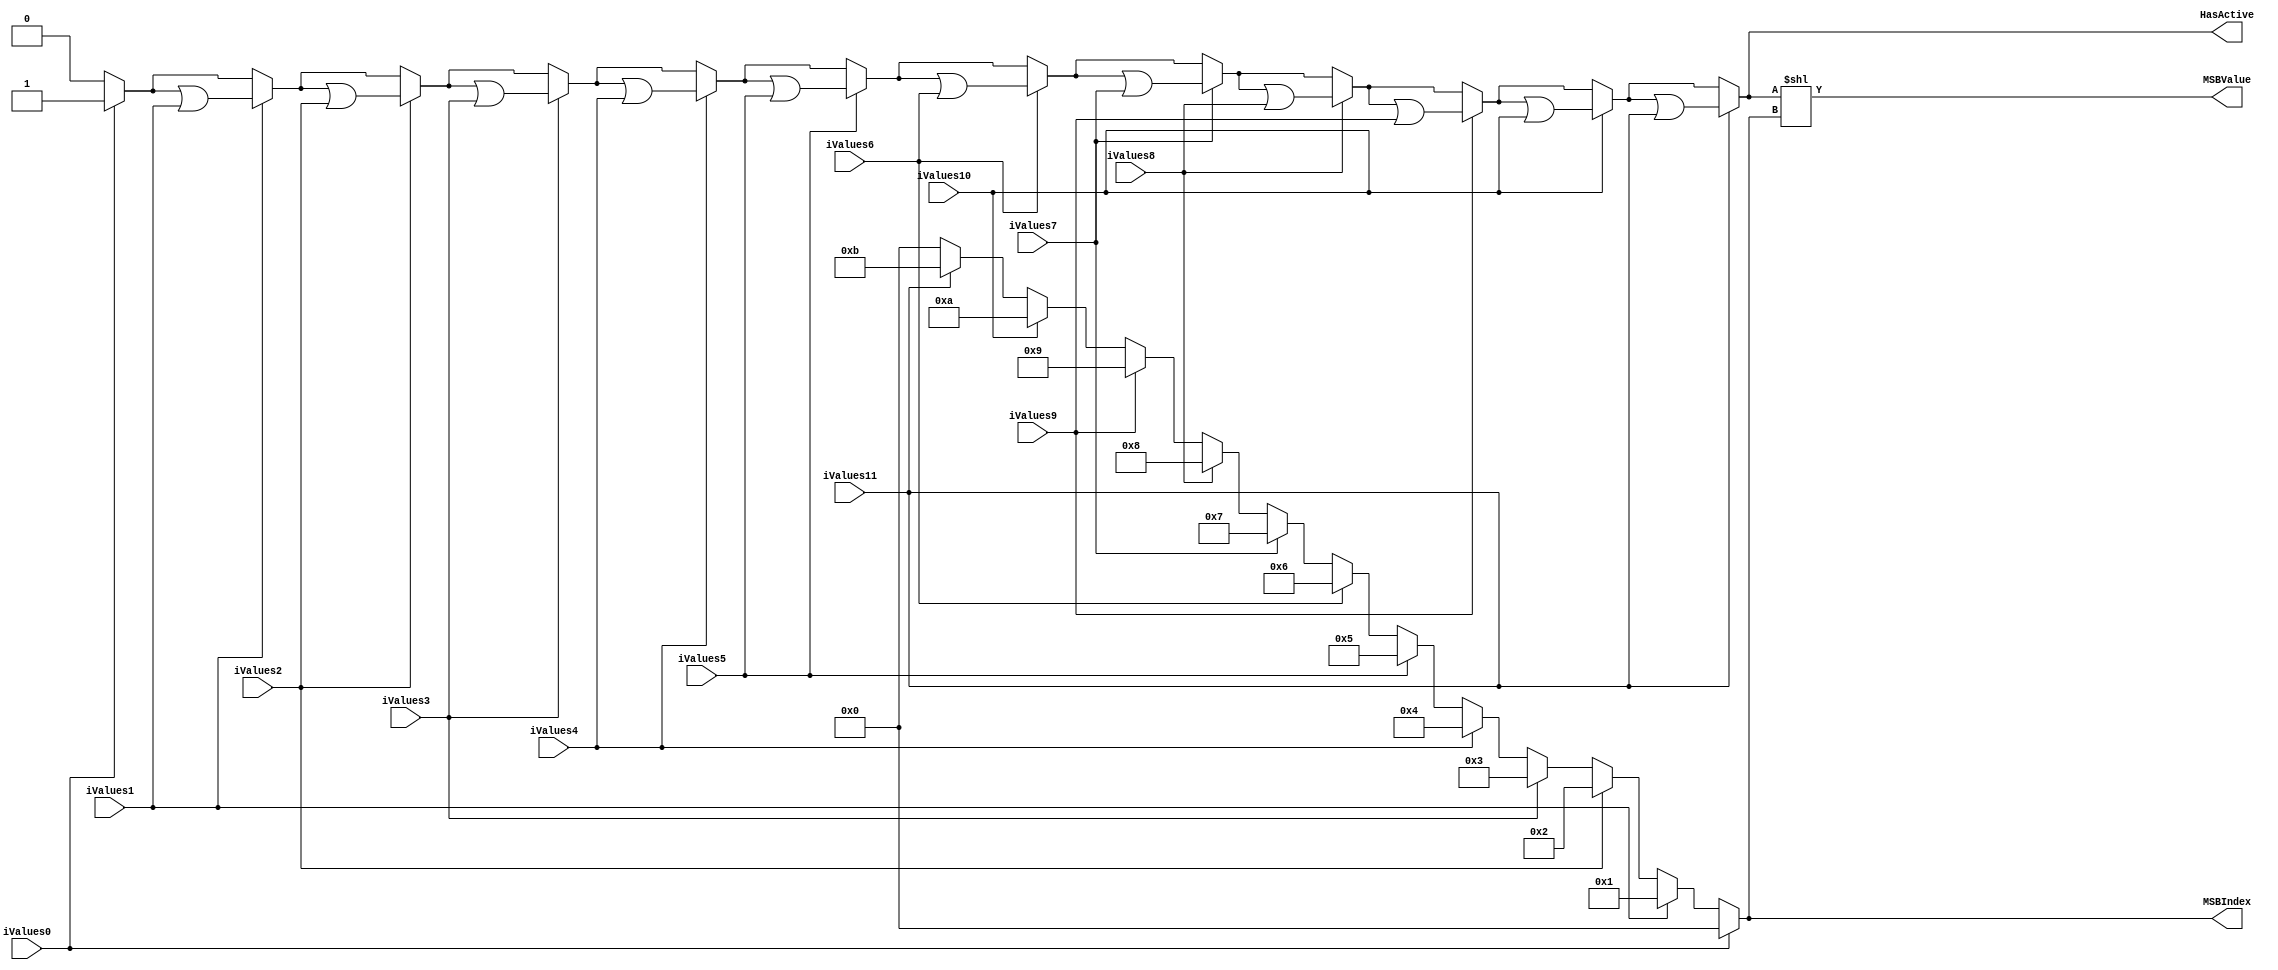
`timescale 1ns/1ps
`default_nettype none
// PLEASE READ THIS, IT MAY SAVE YOU SOME TIME AND MONEY, THANK YOU!
// * This file was generated by Quokka FPGA Toolkit.
// * Generated code is your property, do whatever you want with it
// * Place custom code between [BEGIN USER ***] and [END USER ***].
// * CAUTION: All code outside of [USER] scope is subject to regeneration.
// * Bad things happen sometimes in developer's life,
//   it is recommended to use source control management software (e.g. git, bzr etc) to keep your custom code safe'n'sound.
// * Internal structure of code is subject to change.
//   You can use some of signals in custom code, but most likely they will not exist in future (e.g. will get shorter or gone completely)
// * Please send your feedback, comments, improvement ideas etc. to evmuryshkin@gmail.com
// * Visit https://github.com/EvgenyMuryshkin/QuokkaEvaluation to access latest version of playground
//
// DISCLAIMER:
//   Code comes AS-IS, it is your responsibility to make sure it is working as expected
//   no responsibility will be taken for any loss or damage caused by use of Quokka toolkit.
//
// System configuration name is AXISoCQuadCoreModule_TopLevel_ioInterconnect_writeInterconnect_rangeDetectorArray3_encoder, clock frequency is 1Hz, Embedded
// FSM summary
// -- Packages
module AXISoCQuadCoreModule_TopLevel_ioInterconnect_writeInterconnect_rangeDetectorArray3_encoder
(
	// [BEGIN USER PORTS]
	// [END USER PORTS]
	input wire iValues0,
	input wire iValues1,
	input wire iValues2,
	input wire iValues3,
	input wire iValues4,
	input wire iValues5,
	input wire iValues6,
	input wire iValues7,
	input wire iValues8,
	input wire iValues9,
	input wire iValues10,
	input wire iValues11,
	output wire HasActive,
	output wire [3:0] MSBIndex,
	output wire [11:0] MSBValue
);
	// [BEGIN USER SIGNALS]
	// [END USER SIGNALS]
	localparam HiSignal = 1'b1;
	localparam LoSignal = 1'b0;
	wire Zero = 1'b0;
	wire One = 1'b1;
	wire true = 1'b1;
	wire false = 1'b0;
	wire signed [4: 0] inputWidth = 5'b01100;
	wire signed [3: 0] resultWidth = 4'b0100;
	wire AXI4EncoderModule_L30F13L39T14_AXI4EncoderModule_L31F46T51_Expr = 1'b0;
	wire AXI4EncoderModule_L45F13L54T14_AXI4EncoderModule_L46F31T36_Expr = 1'b0;
	wire [3: 0] internalEncoded;
	wire internalHasActive;
	wire [3: 0] AXI4EncoderModule_L30F13L39T14_AXI4EncoderModule_L31F30T73_Resize;
	reg [3: 0] AXI4EncoderModule_L30F13L39T14_result;
	integer idx;
	wire [3: 0] AXI4EncoderModule_L30F13L39T14_AXI4EncoderModule_L38F24T41_SignChange;
	wire [3: 0] AXI4EncoderModule_L30F13L39T14_AXI4EncoderModule_L38F24T62_Resize;
	reg AXI4EncoderModule_L45F13L54T14_result;
	integer idx1;
	wire [11: 0] AXI4EncoderModule_L59F40T101_ShiftLeft;
	wire [11: 0] AXI4EncoderModule_L59F40T121_Resize;
	wire [11: 0] AXI4EncoderModule_L59F40T101_Expr;
	wire [11: 0] AXI4EncoderModule_L59F40T101_Expr_1;
	wire Inputs_iValues [0 : 11];
	assign AXI4EncoderModule_L59F40T101_Expr = (AXI4EncoderModule_L59F40T101_Expr_1 << internalEncoded);
	always @ (*)
	begin
		idx = 12;
		AXI4EncoderModule_L30F13L39T14_result = AXI4EncoderModule_L30F13L39T14_AXI4EncoderModule_L31F30T73_Resize;
		for (idx = 12; (idx > 0); idx = (idx - 1))
		begin
			if (Inputs_iValues[(idx - 1)])
			begin
				AXI4EncoderModule_L30F13L39T14_result = (idx - 1);
			end
		end
	end
	always @ (*)
	begin
		idx1 = 0;
		AXI4EncoderModule_L45F13L54T14_result = AXI4EncoderModule_L45F13L54T14_AXI4EncoderModule_L46F31T36_Expr;
		for (idx1 = 0; (idx1 < 12); idx1 = (idx1 + 1))
		begin
			if (Inputs_iValues[idx1])
			begin
				AXI4EncoderModule_L45F13L54T14_result = (AXI4EncoderModule_L45F13L54T14_result | Inputs_iValues[idx1]);
			end
		end
	end
	assign AXI4EncoderModule_L59F40T101_Expr_1 = {
		{11{1'b0}},
		internalHasActive
	}
	;
	assign Inputs_iValues[0] = iValues0;
	assign Inputs_iValues[1] = iValues1;
	assign Inputs_iValues[2] = iValues2;
	assign Inputs_iValues[3] = iValues3;
	assign Inputs_iValues[4] = iValues4;
	assign Inputs_iValues[5] = iValues5;
	assign Inputs_iValues[6] = iValues6;
	assign Inputs_iValues[7] = iValues7;
	assign Inputs_iValues[8] = iValues8;
	assign Inputs_iValues[9] = iValues9;
	assign Inputs_iValues[10] = iValues10;
	assign Inputs_iValues[11] = iValues11;
	assign AXI4EncoderModule_L30F13L39T14_AXI4EncoderModule_L31F30T73_Resize = {
		{3{1'b0}},
		AXI4EncoderModule_L30F13L39T14_AXI4EncoderModule_L31F46T51_Expr
	}
	;
	assign AXI4EncoderModule_L30F13L39T14_AXI4EncoderModule_L38F24T41_SignChange = AXI4EncoderModule_L30F13L39T14_result;
	assign AXI4EncoderModule_L30F13L39T14_AXI4EncoderModule_L38F24T62_Resize = AXI4EncoderModule_L30F13L39T14_AXI4EncoderModule_L38F24T41_SignChange;
	assign internalEncoded = AXI4EncoderModule_L30F13L39T14_AXI4EncoderModule_L38F24T62_Resize;
	assign internalHasActive = AXI4EncoderModule_L45F13L54T14_result;
	assign HasActive = internalHasActive;
	assign MSBIndex = internalEncoded;
	assign AXI4EncoderModule_L59F40T101_ShiftLeft = AXI4EncoderModule_L59F40T101_Expr;
	assign AXI4EncoderModule_L59F40T121_Resize = AXI4EncoderModule_L59F40T101_ShiftLeft;
	assign MSBValue = AXI4EncoderModule_L59F40T121_Resize;
	// [BEGIN USER ARCHITECTURE]
	// [END USER ARCHITECTURE]
endmodule